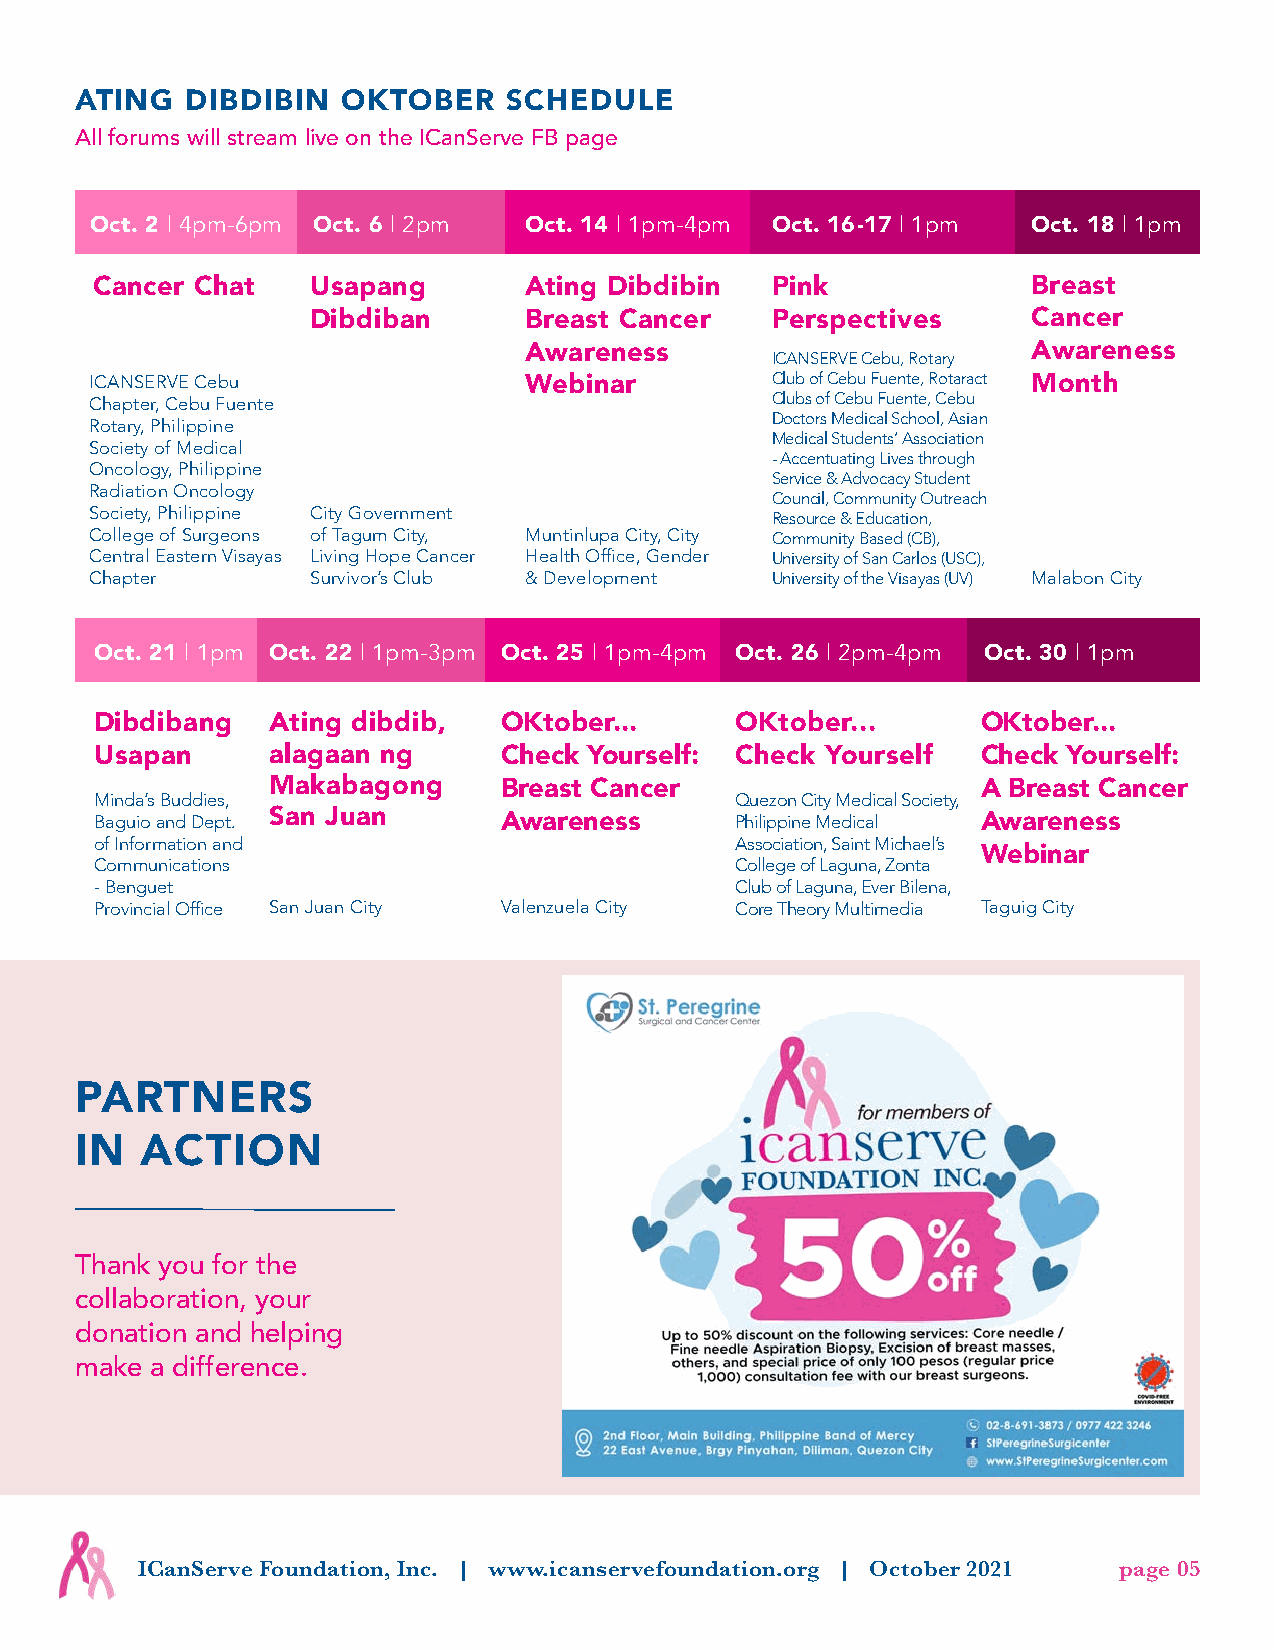
ATING  DIBDIBIN   OKTOBER    SCHEDULE
 All forums will stream live on the ICanServe FB page
 Oct. 2 | 4pm-6pm Oct. 6 | 2pm Oct. 14 | 1pm-4pm Oct. 16-17 | 1pm Oct. 18 | 1pm
 Cancer Chat    Usapang       Ating Dibdibin  Pink             Breast
 Dibdiban      Breast Cancer   Perspectives     Cancer
 Awareness       ICANSERVE Cebu, Rotary Awareness
 ICANSERVE Cebu               Webinar         Club of Cebu Fuente, Rotaract Month
 Chapter, Cebu Fuente                         Clubs of Cebu Fuente, Cebu
 Doctors Medical School, Asian
 Rotary, Philippine
 Medical Students’ Association
 Society of Medical
 - Accentuating Lives through
 Oncology, Philippine
 Service & Advocacy Student
 Radiation Oncology
 Council, Community Outreach
 Society, Philippine City Government
 Resource & Education,
 College of Surgeons of Tagum City, Muntinlupa City, City Community Based (CB),
 Central Eastern Visayas Living Hope Cancer Health Office, Gender University of San Carlos (USC),
 Chapter        Survivor’s Club & Development University of the Visayas (UV) Malabon City
 Oct. 21 | 1pm Oct. 22 | 1pm-3pm Oct. 25 | 1pm-4pm Oct. 26 | 2pm-4pm Oct. 30 | 1pm
 Dibdibang   Ating dibdib,  OKtober...      OKtober...      OKtober...
 Usapan      alagaan ng     Check Yourself: Check Yourself  Check Yourself:
 Makabagong     Breast Cancer                   A Breast Cancer
 Minda’s Buddies,                           Quezon City Medical Society,
 Baguio and Dept. San Juan  Awareness       Philippine Medical Awareness
 of Information and                         Association, Saint Michael’s
 Webinar
 Communications                             College of Laguna, Zonta
 - Benguet                                  Club of Laguna, Ever Bilena,
 Provincial Office San Juan City Valenzuela City Core Theory Multimedia Taguig City
 PARTNERS
 IN  ACTION
 Thank you for the
 collaboration, your
 donation and helping
 make a difference.
 ICanServe Foundation, Inc. | www.icanservefoundation.org | October 2021 page 05